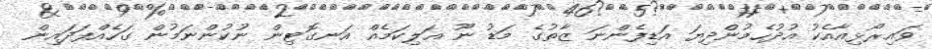
ވައިރޯޅިއާއެކު އުދުހެމުންދިޔަ އަޑިފެންނަ ޒާތުގެ މަޑު ނޫ އަލިކަމެއް އަނގޮޓިން ނުކުންނަމުން ގަހެއްފަދައިން